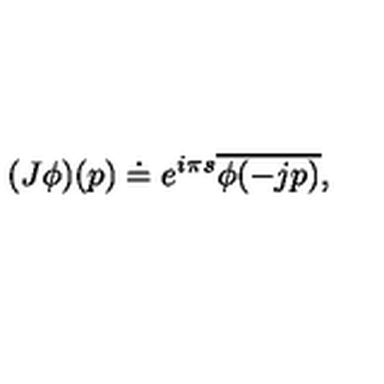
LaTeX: ( J \phi ) ( p ) \doteq e ^ { i \pi s } \overline { { \phi ( - j p ) } } ,